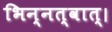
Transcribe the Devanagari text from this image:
भिन्नत्वात्।